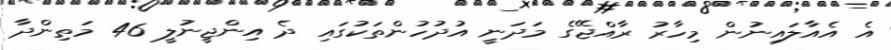
އެ އެއާލައިނުން މިހާރު ރާއްޖޭގެ މަދަނީ އުދުހުންތަކުގައި ދެ އިންޖީނުލީ 46 މަތިންދާ